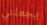
يجعلني